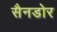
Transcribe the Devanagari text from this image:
सैनडोर